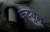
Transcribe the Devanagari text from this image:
कदवुल